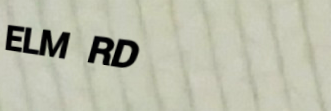
ELM RD